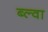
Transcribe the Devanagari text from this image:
ब्ल्वा